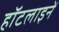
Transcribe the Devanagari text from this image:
हॉटलाइनें